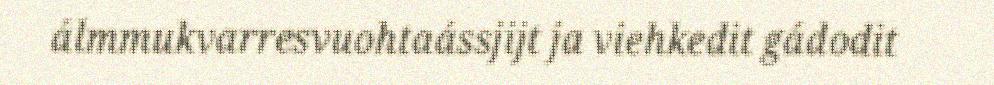
álmmukvarresvuohtaássjijt ja viehkedit gádodit